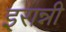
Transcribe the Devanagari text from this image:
इरान्नी